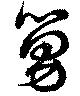
舅